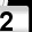
Digit: 2